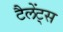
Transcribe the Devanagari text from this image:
टैलेंट्स